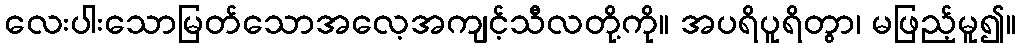
လေးပါးသောမြတ်သောအလေ့အကျင့်သီလတို့ကို။ အပရိပူရိတွာ၊ မဖြည့်မူ၍။